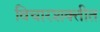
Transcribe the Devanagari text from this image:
विचारशक्तीत